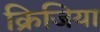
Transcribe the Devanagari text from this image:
क्रिजिया